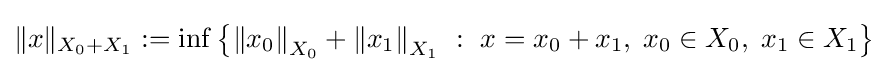
\|x\|_{X_{0}+X_{1}}:=\inf \left\{\left\|x_{0}\right\|_{X_{0}}+\left\|x_{1}\right\|_{X_{1}}\ :\ x=x_{0}+x_{1},\;x_{0}\in X_{0},\;x_{1}\in X_{1}\right\}